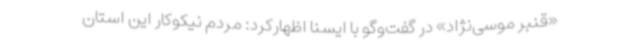
«قنبر موسی‌نژاد» در گفت‌وگو با ایسنا اظهارکرد: مردم نیکوکار این استان